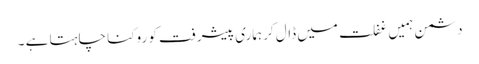
دشمن ہمیں غفلت میں ڈال کر ہماری پیشرفت کو روکنا چاہتا ہے ۔